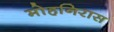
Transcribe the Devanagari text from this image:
मोहनिरास